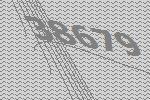
38679